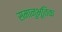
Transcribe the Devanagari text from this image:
समानुभूतिक